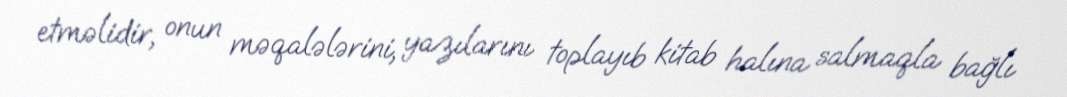
etməlidir, onun məqalələrini, yazılarını toplayıb kitab halına salmaqla bağlı